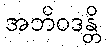
အဘိဝဒန္တိ